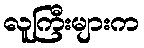
လူကြီးများက